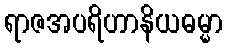
ရာဇအပရိဟာနိယဓမ္မာ